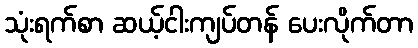
သုံးရက်စာ ဆယ့်ငါးကျပ်တန် ပေးလိုက်တာ